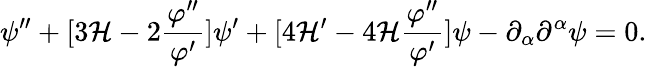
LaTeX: \psi^{\prime\prime}+[3{\cal H}-2\frac{\varphi^{\prime\prime}}{\varphi^{\prime}}]\psi^{\prime}+[4{\cal H}^{\prime}-4{\cal H}\frac{\varphi^{\prime\prime}}{\varphi^{\prime}}]\psi-\partial_{\alpha}\partial^{\alpha}\psi=0.